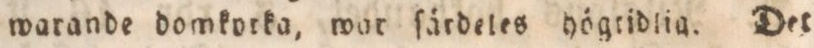
warande domkorka, war ſärdeles högridlig. Det